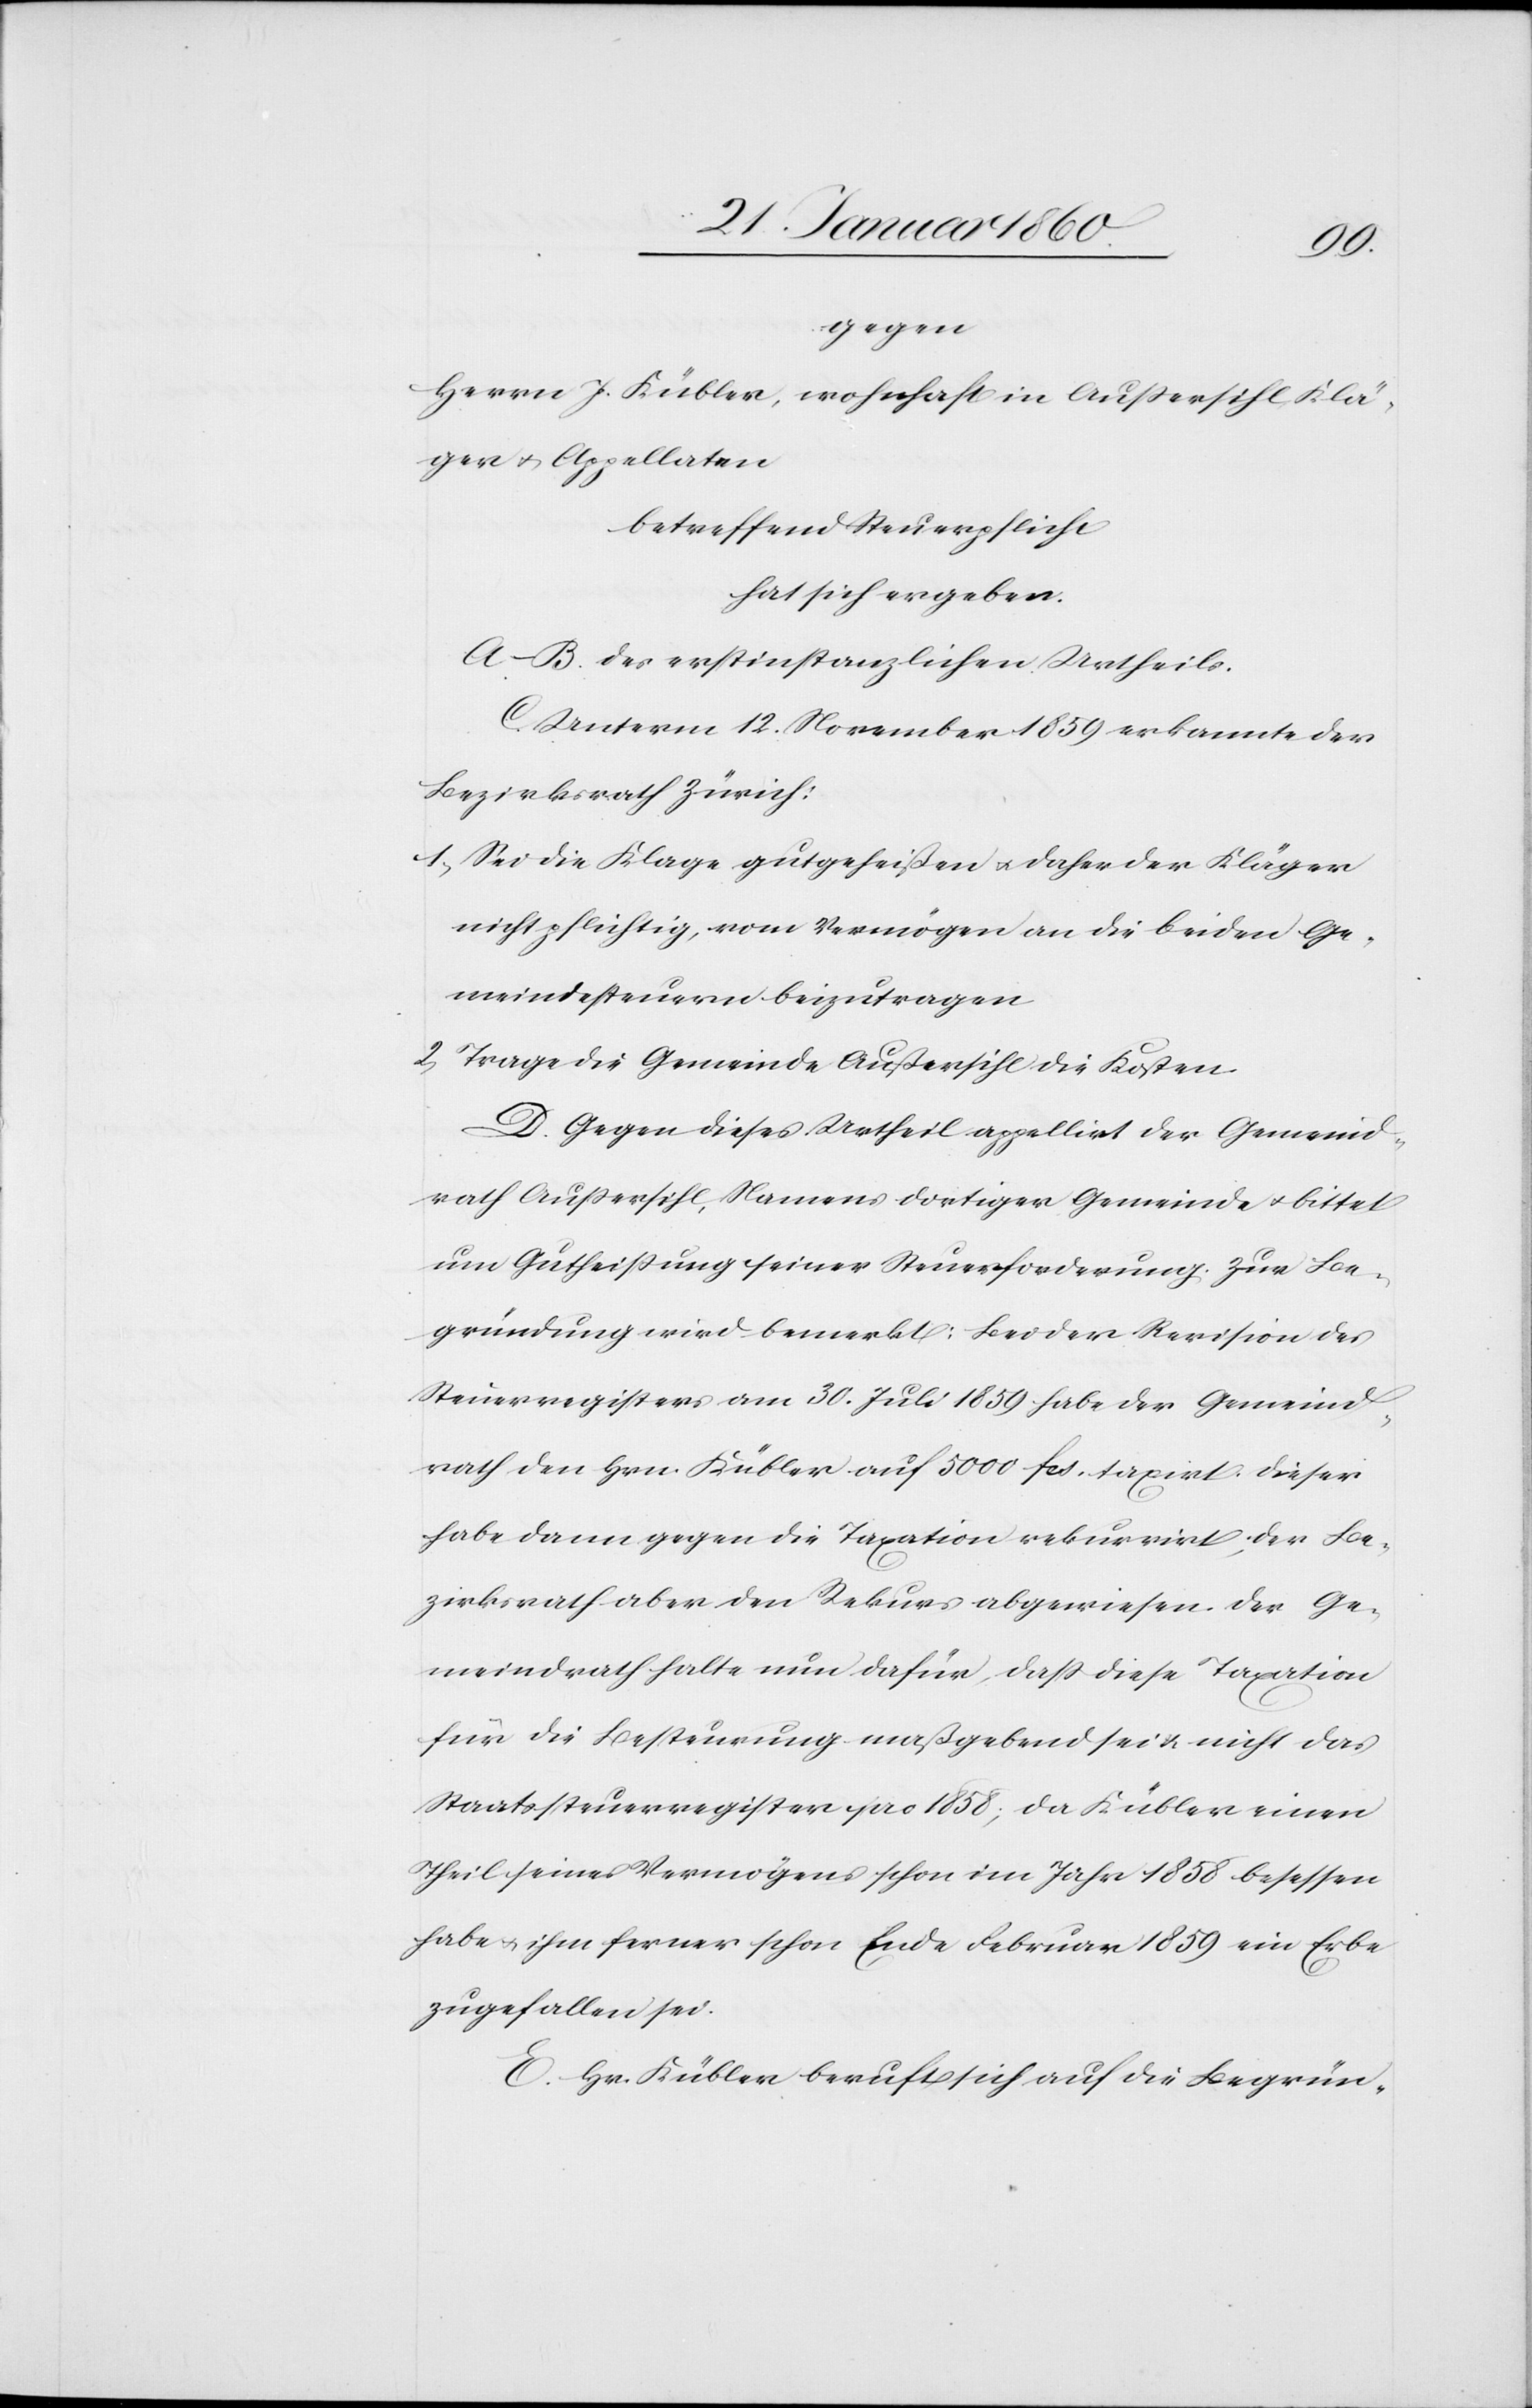
gegen
Herrn J. Kübler, wohnhaft in Aussersihl, Klä¬
ger u. Appellaten
betreffend Steuerpflicht
hat sich ergeben.
A.–B. des erstinstanzlichen Urtheils.
C. Unterm 12. November 1859 erkannte der
Bezirksrath Zürich:
1. Sei die Klage gutgeheißen u. daher der Kläger
nicht pflichtig, vom Vermögen an die beiden Ge¬
meindesteuern beizutragen.
2. Trage die Gemeinde Außersihl die Kosten.
D. Gegen dieses Urtheil appellirt der Gemeind¬
rath Aussersihl, Namens dortiger Gemeinde u. bittet
um Gutheissung seiner Steuerforderung. Zur Be¬
gründung wird bemerkt. Bei der Revision des
Steuerregisters am 30. Juli 1859. habe der Gemeind¬
rath den Hrn. Kübler auf 5000. fcs. taxirt. Dieser
habe dann gegen die Taxation rekurrirt, der Be¬
zirksrath aber den Rekurs abgewiesen. Der Ge¬
meindrath halte nun dafür, dass diese Taxation
für die Besteurung maßgebend sei u. nicht das
Staatssteuerregister pro 1858; da Kübler einen
Theil seines Vermögens schon im Jahr 1858 besessen
habe u. ihm ferner schon Ende Februar 1859 ein Erbe
zugefallen sei.
E. Hr. Kübler beruft sich auf die Begrün-